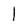
Character: 1